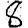
Digit: 8